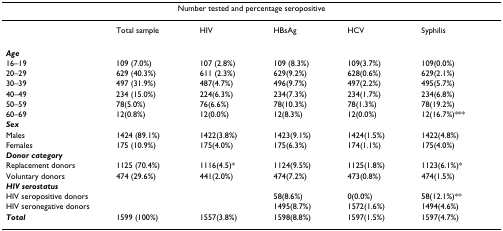
<table><thead><tr><td colspan="6"><b>Number tested and percentage seropositive</b></td></tr></thead><tbody><tr><td></td><td>Total sample</td><td>HIV</td><td>HBsAg</td><td>HCV</td><td>Syphilis</td></tr><tr><td><b><i>Age</i></b></td><td></td><td></td><td></td><td></td><td></td></tr><tr><td>16–19</td><td>109 (7.0%)</td><td>107 (2.8%)</td><td>109 (8.3%)</td><td>109(3.7%)</td><td>109(0.0%)</td></tr><tr><td>20–29</td><td>629 (40.3%)</td><td>611 (2.3%)</td><td>629(9.2%)</td><td>628(0.6%)</td><td>629(2.1%)</td></tr><tr><td>30–39</td><td>497 (31.9%)</td><td>487(4.7%)</td><td>496(9.7%)</td><td>497(2.2%)</td><td>495(5.7%)</td></tr><tr><td>40–49</td><td>234 (15.0%)</td><td>224(6.3%)</td><td>234(7.3%)</td><td>234(1.7%)</td><td>234(6.8%)</td></tr><tr><td>50–59</td><td>78(5.0%)</td><td>76(6.6%)</td><td>78(10.3%)</td><td>78(1.3%)</td><td>78(19.2%)</td></tr><tr><td>60–69</td><td>12(0.8%)</td><td>12(0.0%)</td><td>12(8.3%)</td><td>12(0.0%)</td><td>12(16.7%)***</td></tr><tr><td><b><i>Sex</i></b></td><td></td><td></td><td></td><td></td><td></td></tr><tr><td>Males</td><td>1424 (89.1%)</td><td>1422(3.8%)</td><td>1423(9.1%)</td><td>1424(1.5%)</td><td>1422(4.8%)</td></tr><tr><td>Females</td><td>175 (10.9%)</td><td>175(4.0%)</td><td>175(6.3%)</td><td>174(1.1%)</td><td>175(4.0%)</td></tr><tr><td><b><i>Donor category</i></b></td><td></td><td></td><td></td><td></td><td></td></tr><tr><td>Replacement donors</td><td>1125 (70.4%)</td><td>1116(4.5)*</td><td>1124(9.5%)</td><td>1125(1.8%)</td><td>1123(6.1%)*</td></tr><tr><td>Voluntary donors</td><td>474 (29.6%)</td><td>441(2.0%)</td><td>474(7.2%)</td><td>473(0.8%)</td><td>474(1.5%)</td></tr><tr><td><b><i>HIV serostatus</i></b></td><td></td><td></td><td></td><td></td><td></td></tr><tr><td>HIV seropositive donors</td><td></td><td></td><td>58(8.6%)</td><td>0(0.0%)</td><td>58(12.1%)**</td></tr><tr><td>HIV seronegative donors</td><td></td><td></td><td>1495(8.7%)</td><td>1572(1.6%)</td><td>1494(4.6%)</td></tr><tr><td><b><i>Total</i></b></td><td>1599 (100%)</td><td>1557(3.8%)</td><td>1598(8.8%)</td><td>1597(1.5%)</td><td>1597(4.7%)</td></tr></tbody></table>